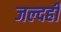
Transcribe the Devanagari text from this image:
जल्‍दही